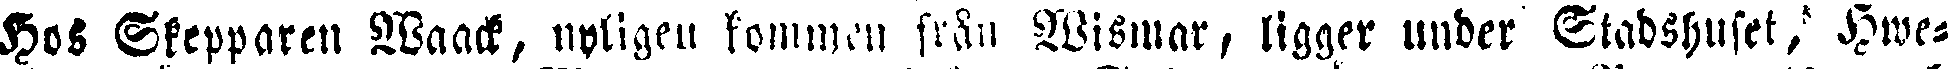
Hos Skepparen Waack, nyligen kommen från Wismar, ligger under Stadshuset, Hwe-